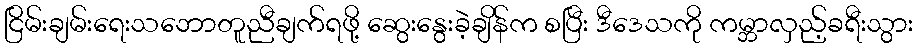
ငြိမ်းချမ်းရေးသဘောတူညီချက်ရဖို့ ဆွေးနွေးခဲ့ချိန်က စပြီး ဒီဒေသကို ကမ္ဘာလှည့်ခရီးသွား